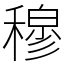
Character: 穆